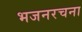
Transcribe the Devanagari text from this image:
भजनरचना